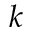
k